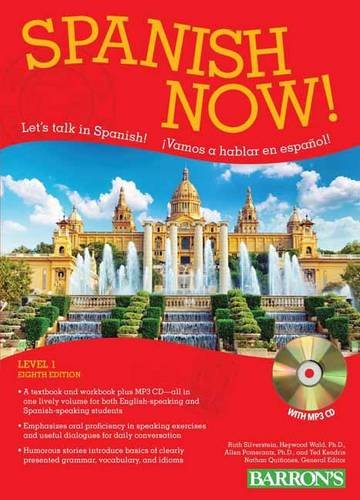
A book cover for Spanish Now! Level 1: with MP3 CD; Ruth Silverstein; Reference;